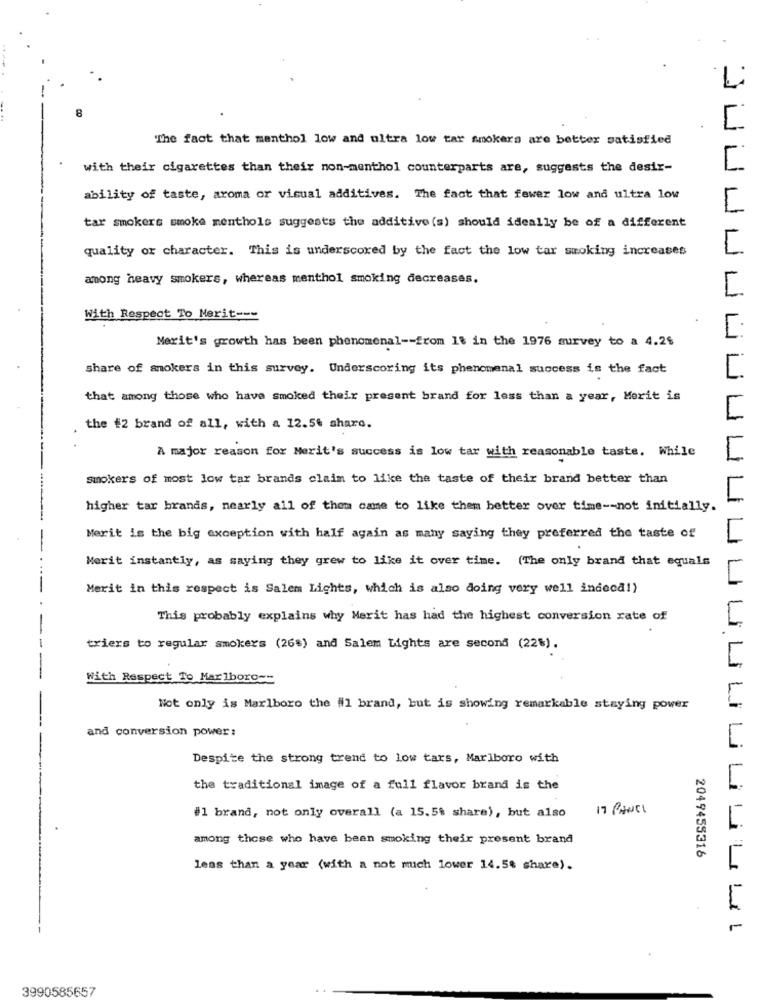
8
The fact that menthol low and ultra low tar smokers are better satisfied
with their cigarettes than their non-menthol counterparts are, suggests the desir-
ability of taste, aroma or visual additives. The fact that fewer low and ultra low
tar smokers smoke menthols suggests the additive (s) should ideally be of a different
quality or character. This is underscored by the fact the low tar smoking increases
among heavy smokers, whereas menthol smoking decreases.
With Respect To Merit ---
Merit's growth has been phenomenal -- from 18 in the 1976 survey to a 4.2$
share of smokers in this survey. Underscoring its phenomenal success is the fact
SUUUUUUU
that among those who have smoked their present brand for less than a year, Merit is
the #2 brand of all, with a 12.56 share.
A major reason for Merit's success is low tar with reasonable taste. While
smokers of most low tar brands claim to like the taste of their brand better than
higher tar brands, nearly all of them came to like them better over time -- not initially.
Merit is the big exception with half again as many saying they preferred the taste of
Merit instantly, as saying they grew to like it over time. (The only brand that equals
Merit in this respect is Salem Lights, which is also doing very well indeca!)
This probably explains why Merit has had the highest conversion rate of
triers to regular smokers (26%) and Salem Lights are second (22%).
With Respect To Marlboro ==
Not only is Marlboro the #1 brand, but is showing remarkable staying power
and conversion power:
Despite the strong trend to low tars, Marlboro with
the traditional image of a full flavor brand is the
17 PANEL
#l brand, not only overall (a 15.5% share), but also
among those who have been smoking their present brand
2049455316
less than a year (with a not much lower 14.5% share).
3990585657